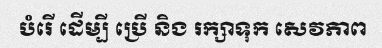
បំរើ ដើម្បី ប្រើ និង រក្សាទុក សេវភាព